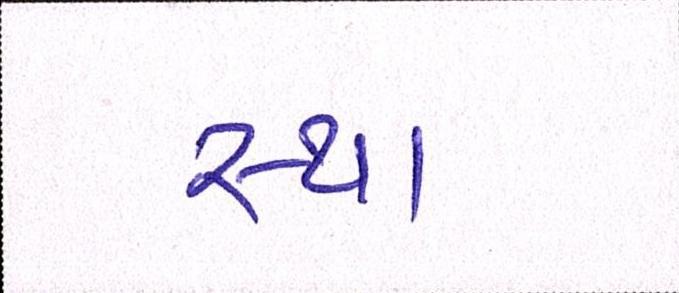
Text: સ્થા